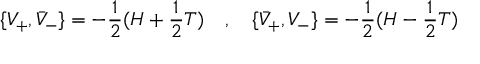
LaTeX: \lbrace V _ { + } , \bar { V } _ { - } \rbrace = - { \frac { 1 } { 2 } } ( H + { \frac { 1 } { 2 } } T ) \quad , \quad \lbrace \bar { V } _ { + } , V _ { - } \rbrace = - { \frac { 1 } { 2 } } ( H - { \frac { 1 } { 2 } } T )